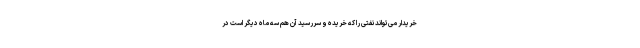
خریدار می‌تواند نفتی را که خریده و سررسید آن هم سه ماه دیگر است در